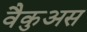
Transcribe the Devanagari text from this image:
वैकुअस